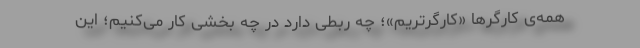
همه‌ی کارگرها «کارگرتریم»؛ چه ربطی دارد در چه بخشی کار می‌کنیم؛ این